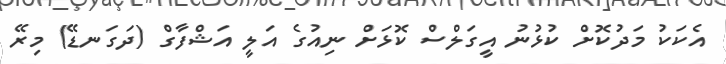
އެކަކު މަދުކޮށް ކުޅުނު އީގަލްސް ކޮޅަށް ނިއުގެ އަލީ އަޝްފާގް (ދަގަނޑޭ) މިރޭ